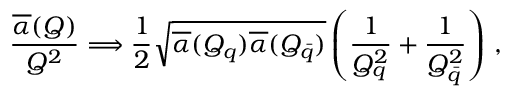
{ \frac { \overline { { \alpha } } ( Q ) } { Q ^ { 2 } } } \Longrightarrow { \frac { 1 } { 2 } } \sqrt { \overline { { \alpha } } ( Q _ { q } ) \overline { { \alpha } } ( Q _ { \bar { q } } ) } \left( { \frac { 1 } { Q _ { q } ^ { 2 } } } + { \frac { 1 } { Q _ { \bar { q } } ^ { 2 } } } \right) \, ,